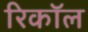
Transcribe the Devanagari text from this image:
रिकाॅल